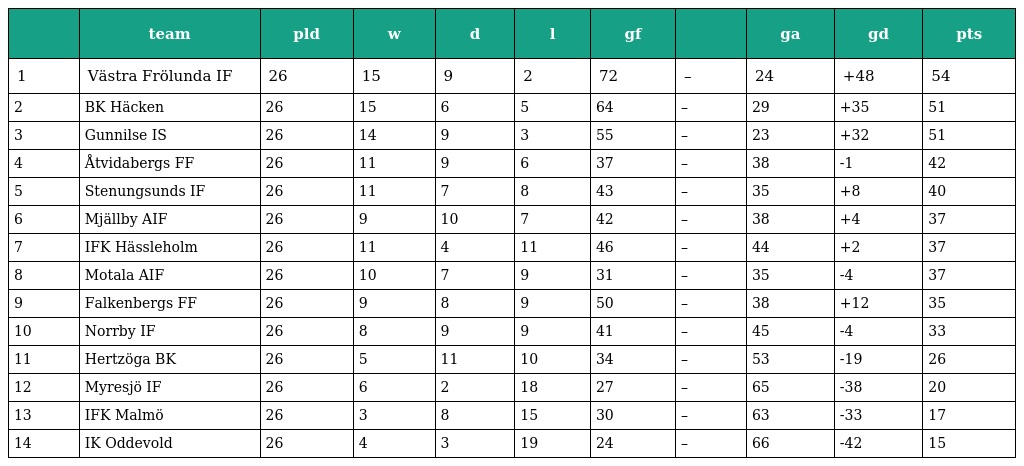
|  | team | pld | w | d | l | gf |  | ga | gd | pts |
 | --- | --- | --- | --- | --- | --- | --- | --- | --- | --- | --- |
 | 1 | Västra Frölunda IF | 26 | 15 | 9 | 2 | 72 | – | 24 | +48 | 54 |
 | 2 | BK Häcken | 26 | 15 | 6 | 5 | 64 | – | 29 | +35 | 51 |
 | 3 | Gunnilse IS | 26 | 14 | 9 | 3 | 55 | – | 23 | +32 | 51 |
 | 4 | Åtvidabergs FF | 26 | 11 | 9 | 6 | 37 | – | 38 | -1 | 42 |
 | 5 | Stenungsunds IF | 26 | 11 | 7 | 8 | 43 | – | 35 | +8 | 40 |
 | 6 | Mjällby AIF | 26 | 9 | 10 | 7 | 42 | – | 38 | +4 | 37 |
 | 7 | IFK Hässleholm | 26 | 11 | 4 | 11 | 46 | – | 44 | +2 | 37 |
 | 8 | Motala AIF | 26 | 10 | 7 | 9 | 31 | – | 35 | -4 | 37 |
 | 9 | Falkenbergs FF | 26 | 9 | 8 | 9 | 50 | – | 38 | +12 | 35 |
 | 10 | Norrby IF | 26 | 8 | 9 | 9 | 41 | – | 45 | -4 | 33 |
 | 11 | Hertzöga BK | 26 | 5 | 11 | 10 | 34 | – | 53 | -19 | 26 |
 | 12 | Myresjö IF | 26 | 6 | 2 | 18 | 27 | – | 65 | -38 | 20 |
 | 13 | IFK Malmö | 26 | 3 | 8 | 15 | 30 | – | 63 | -33 | 17 |
 | 14 | IK Oddevold | 26 | 4 | 3 | 19 | 24 | – | 66 | -42 | 15 |